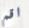
اقم